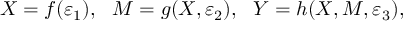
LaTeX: X = f ( \varepsilon _ { 1 } ) , ~ ~ M = g ( X , \varepsilon _ { 2 } ) , ~ ~ Y = h ( X , M , \varepsilon _ { 3 } ) ,